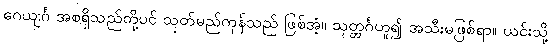
ဂေယျင်္ဂ အစရှိသည်တို့ပင် သုတ်မည်ကုန်သည် ဖြစ်အံ့။ သုတ္တင်္ဂဟူ၍ အသီးမဖြစ်ရာ။ ယင်းသို့